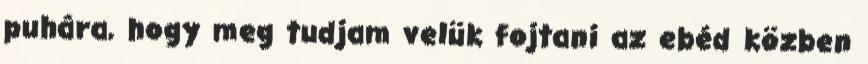
puhára, hogy meg tudjam velük fojtani az ebéd közben